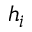
h _ { i }